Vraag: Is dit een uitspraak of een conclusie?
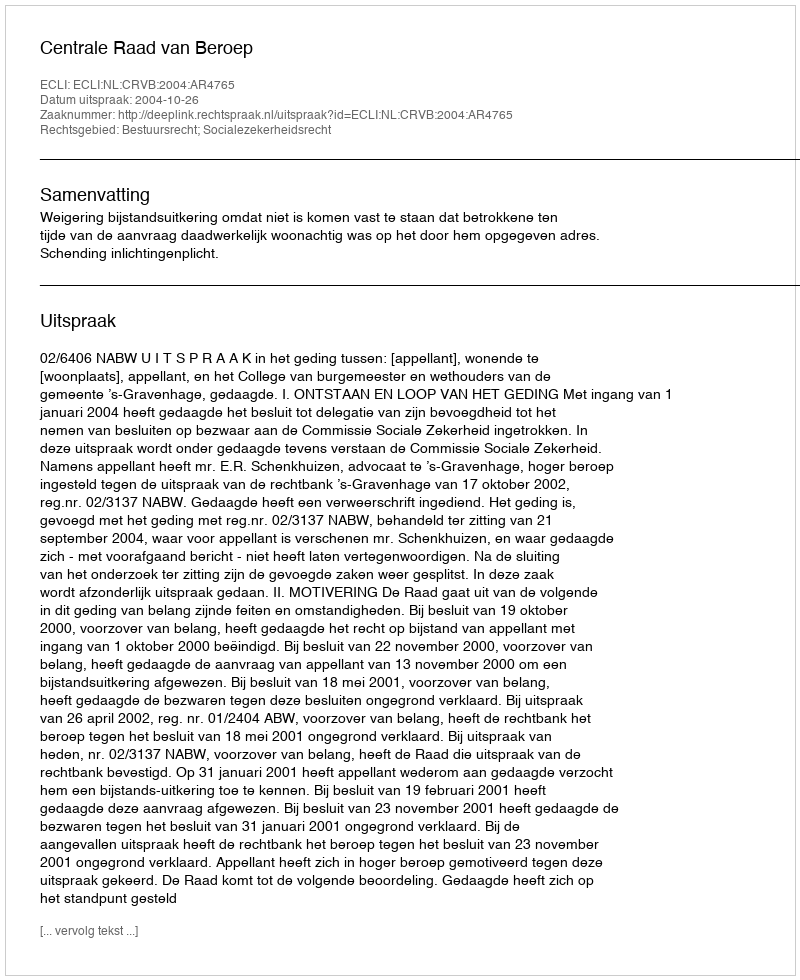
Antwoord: Uitspraak